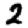
Digit: 2